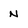
Character: N